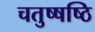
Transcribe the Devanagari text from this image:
चतुष्षष्ठि